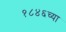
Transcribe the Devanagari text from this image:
१८४६च्या